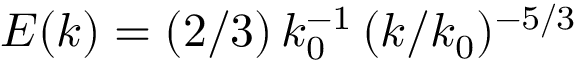
E ( k ) = ( 2 / 3 ) \, k _ { 0 } ^ { - 1 } \, ( k / k _ { 0 } ) ^ { - 5 / 3 }